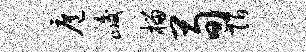
扈峻榴荀陌